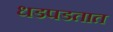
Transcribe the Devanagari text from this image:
धडपडतात